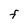
Character: F